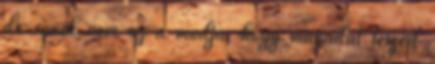
de ennek nem az a módja, hogy magadat teszed